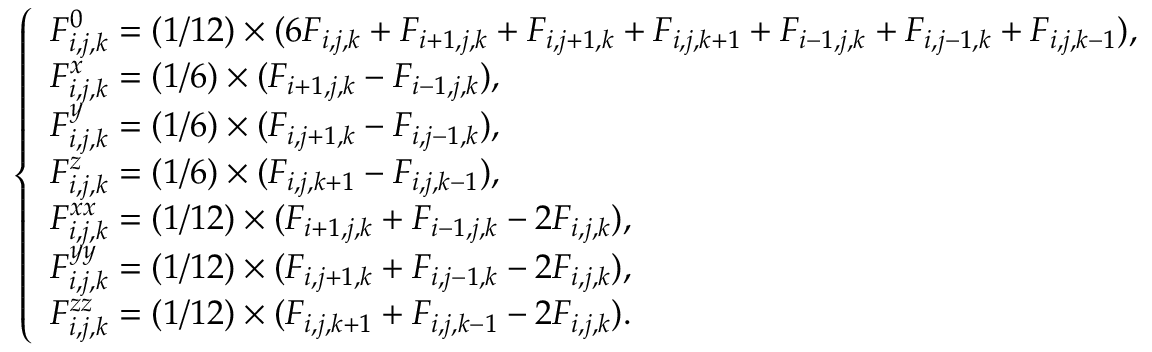
\left\{ \begin{array} { l l } { F _ { i , j , k } ^ { 0 } = ( 1 / 1 2 ) \times ( 6 F _ { i , j , k } + F _ { i + 1 , j , k } + F _ { i , j + 1 , k } + F _ { i , j , k + 1 } + F _ { i - 1 , j , k } + F _ { i , j - 1 , k } + F _ { i , j , k - 1 } ) , } \\ { F _ { i , j , k } ^ { x } = ( 1 / 6 ) \times ( F _ { i + 1 , j , k } - F _ { i - 1 , j , k } ) , } \\ { F _ { i , j , k } ^ { y } = ( 1 / 6 ) \times ( F _ { i , j + 1 , k } - F _ { i , j - 1 , k } ) , } \\ { F _ { i , j , k } ^ { z } = ( 1 / 6 ) \times ( F _ { i , j , k + 1 } - F _ { i , j , k - 1 } ) , } \\ { F _ { i , j , k } ^ { x x } = ( 1 / 1 2 ) \times ( F _ { i + 1 , j , k } + F _ { i - 1 , j , k } - 2 F _ { i , j , k } ) , } \\ { F _ { i , j , k } ^ { y y } = ( 1 / 1 2 ) \times ( F _ { i , j + 1 , k } + F _ { i , j - 1 , k } - 2 F _ { i , j , k } ) , } \\ { F _ { i , j , k } ^ { z z } = ( 1 / 1 2 ) \times ( F _ { i , j , k + 1 } + F _ { i , j , k - 1 } - 2 F _ { i , j , k } ) . } \end{array} \right.